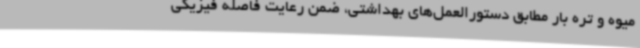
میوه و تره بار مطابق دستورالعمل‌های بهداشتی، ضمن رعایت فاصله فیزیکی